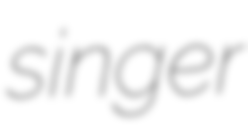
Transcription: singer